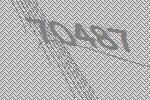
70487